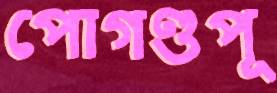
পোগণ্ডপূ